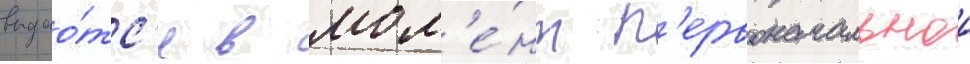
выдао́тс'я в мом'е́нт п'ервоначальнои